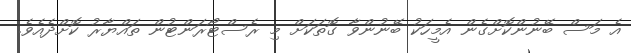
އެ މަސް ބޭނުންކޮށްގެން އެމީހަކު ބޭނުންވާ ގޮތަކަށް މި ރެސްޓޯރަންޓުން ތައްޔާރު ކޮށްދެއެވެ.